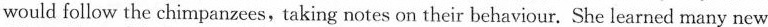
would follow the chimpanzees,taking notes on their behaviour. She learned many new